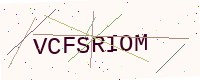
Text: VCFSRIOM